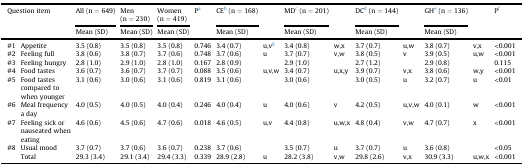
<table><thead><tr><td rowspan="2" colspan="2"><b>Question item</b></td><td><b>All (n = 649)</b></td><td><b>Men (n = 230)</b></td><td><b>Women (n = 419)</b></td><td rowspan="2"><b>Pa</b></td><td><b>CEb (n = 168)</b></td><td rowspan="2"></td><td><b>MDc (n = 201)</b></td><td rowspan="2"></td><td><b>DCd (n = 144)</b></td><td rowspan="2"></td><td><b>GHe (n = 136)</b></td><td rowspan="2"></td><td rowspan="2"><b>Pf</b></td></tr><tr><td><b>Mean (SD)</b></td><td><b>Mean (SD)</b></td><td><b>Mean (SD)</b></td><td><b>Mean (SD)</b></td><td><b>Mean (SD)</b></td><td><b>Mean (SD)</b></td><td><b>Mean (SD)</b></td></tr></thead><tbody><tr><td>#1</td><td>Appetite</td><td>3.5 (0.8)</td><td>3.5 (0.8)</td><td>3.5 (0.8)</td><td>0.746</td><td>3.4 (0.7)</td><td>u,vg</td><td>3.4 (0.8)</td><td>w,x</td><td>3.7 (0.7)</td><td>u,w</td><td>3.8 (0.7)</td><td>v,x</td><td>&lt;0.001</td></tr><tr><td>#2</td><td>Feeling full</td><td>3.8 (0.6)</td><td>3.8 (0.7)</td><td>3.7 (0.6)</td><td>0.748</td><td>3.7 (0.6)</td><td>u</td><td>3.7 (0.7)</td><td>v,w</td><td>3.8 (0.5)</td><td>v</td><td>3.9 (0.5)</td><td>u,w</td><td>&lt;0.001</td></tr><tr><td>#3</td><td>Feeling hungry</td><td>2.8 (1.0)</td><td>2.9 (1.0)</td><td>2.8 (1.0)</td><td>0.167</td><td>2.8 (0.9)</td><td></td><td>2.9 (1.0)</td><td></td><td>2.7 (1.2)</td><td></td><td>2.9 (0.8)</td><td></td><td>0.115</td></tr><tr><td>#4</td><td>Food tastes</td><td>3.6 (0.7)</td><td>3.6 (0.7)</td><td>3.7 (0.7)</td><td>0.088</td><td>3.5 (0.6)</td><td>u,v,w</td><td>3.4 (0.7)</td><td>u,x,y</td><td>3.9 (0.7)</td><td>v,x</td><td>3.8 (0.6)</td><td>w,y</td><td>&lt;0.001</td></tr><tr><td>#5</td><td>Food tastes compared to when younger</td><td>3.1 (0.6)</td><td>3.0 (0.6)</td><td>3.1 (0.6)</td><td>0.819</td><td>3.1 (0.6)</td><td></td><td>3.0 (0.6)</td><td></td><td>3.0 (0.5)</td><td>u</td><td>3.2 (0.7)</td><td>u</td><td>&lt;0.01</td></tr><tr><td>#6</td><td>Meal frequency a day</td><td>4.0 (0.5)</td><td>4.0 (0.5)</td><td>4.0 (0.4)</td><td>0.246</td><td>4.0 (0.4)</td><td>u</td><td>4.0 (0.6)</td><td>v</td><td>4.2 (0.5)</td><td>u,v,w</td><td>4.0 (0.1)</td><td>w</td><td>&lt;0.001</td></tr><tr><td>#7</td><td>Feeling sick or nauseated when eating</td><td>4.6 (0.6)</td><td>4.5 (0.6)</td><td>4.7 (0.6)</td><td>0.018</td><td>4.6 (0.5)</td><td>u,v</td><td>4.4 (0.8)</td><td>u,w,x</td><td>4.8 (0.4)</td><td>v,w</td><td>4.7 (0.7)</td><td>x</td><td>&lt;0.001</td></tr><tr><td>#8</td><td>Usual mood</td><td>3.7 (0.7)</td><td>3.7 (0.6)</td><td>3.6 (0.7)</td><td>0.238</td><td>3.7 (0.6)</td><td></td><td>3.5 (0.7)</td><td>u</td><td>3.7 (0.7)</td><td>u</td><td>3.6 (0.8)</td><td></td><td>&lt;0.05</td></tr><tr><td></td><td>Total</td><td>29.3 (3.4)</td><td>29.1 (3.4)</td><td>29.4 (3.3)</td><td>0.339</td><td>28.9 (2.8)</td><td>u</td><td>28.2 (3.8)</td><td>v,w</td><td>29.8 (2.6)</td><td>v,x</td><td>30.9 (3.3)</td><td>u,w,x</td><td>&lt;0.001</td></tr></tbody></table>